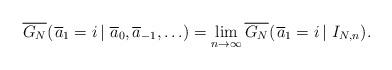
LaTeX: \begin{align*} \overline{G_N} (\left.\overline{a}_1 = i\,\right| \,\overline{a}_0, \overline{a}_{-1}, \ldots) = \lim_{n \rightarrow \infty}\overline{G_N} (\left.\overline{a}_1 = i\,\right| \,I_{N,n}).\end{align*}